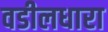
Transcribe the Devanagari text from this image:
वडीलधारा